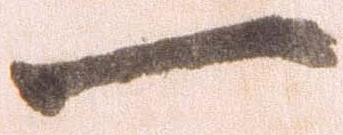
一